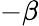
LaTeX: -\beta